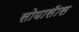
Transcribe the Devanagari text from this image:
सोयासॅास